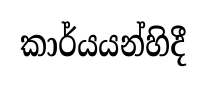
කාර්යයන්හිදී